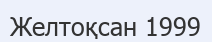
Желтоқсан 1999